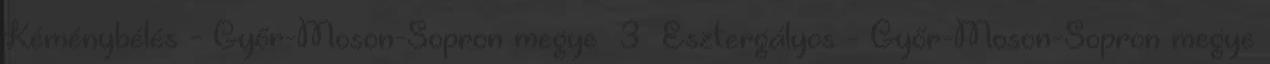
Kéménybélés - Győr-Moson-Sopron megye 3 Esztergályos - Győr-Moson-Sopron megye